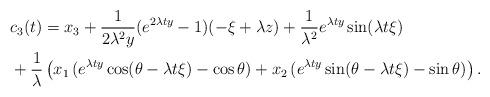
LaTeX: \begin{align*}& c_3(t) = x_3 + \frac1{2\lambda^2 y} (e^{2\lambda t y}-1) (-\xi + \lambda z) + \frac1{\lambda^2} e^{\lambda t y}\sin(\lambda t \xi) \\& + \frac1{\lambda} \left(x_1 \, (e^{\lambda t y} \cos(\theta - \lambda t \xi) - \cos\theta) + x_2 \, (e^{\lambda t y} \sin(\theta - \lambda t \xi) - \sin\theta ) \right).\end{align*}